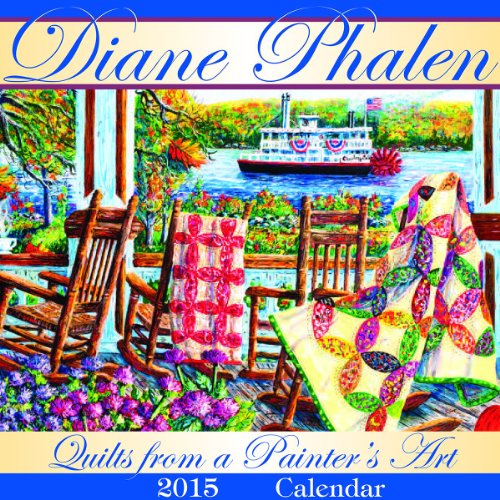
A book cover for Quilts From A Painter's Art 2015 Calendar; Diane Phalen; Calendars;